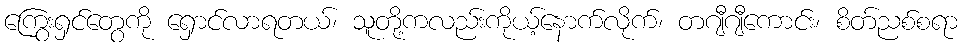
ကြွေးရှင်တွေကို ရှောင်လာရတယ်၊ သူတို့ကလည်းကိုယ့်နောက်လိုက်၊ တဂျီဂျီကောင်း၊ စိတ်ညစ်စရာ